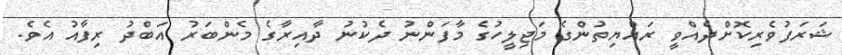
ޝަރަފުވެރިކޮށްދެއްވީ ރައްޔިތުންގެ މަޖިލީހުގެ މާފަންނު ދެކުނު ދާއިރާގެ މެންބަރު އަބްދު ރިފާއު އެވެ.